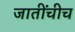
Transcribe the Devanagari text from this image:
जातींचीच